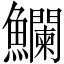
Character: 𩽥